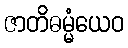
ဇာတိဓမ္မံယေဝ